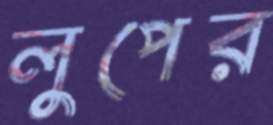
লুপের